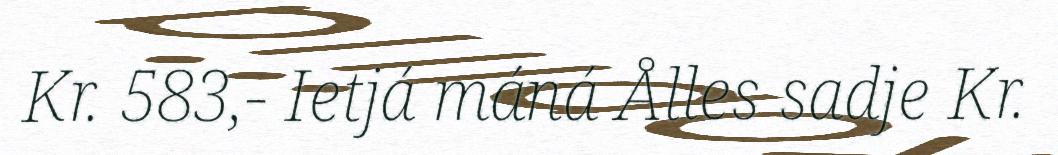
Kr. 583,- Ietjá máná Ålles sadje Kr.